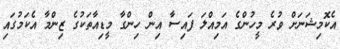
އެކޮމިޝަނަށް ވުރެ މީހުންގެ އަމިއްލަ ފައިސާ އިން ހިންގާ މީޑިއާތަކުގެ ޒިންމާ އެކަމުގައި